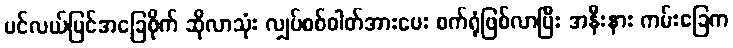
ပင်လယ်ပြင်အခြေစိုက် ဆိုလာသုံး လျှပ်စစ်ဓါတ်အားပေး စက်ရုံဖြစ်လာပြီး အနီးနား ကမ်းခြေက